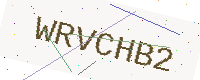
Text: WRVCHB2